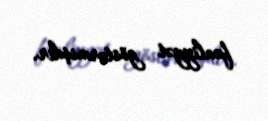
fəaliyyət göstərmişdir.